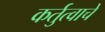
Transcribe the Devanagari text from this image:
कर्तुत्वाचे